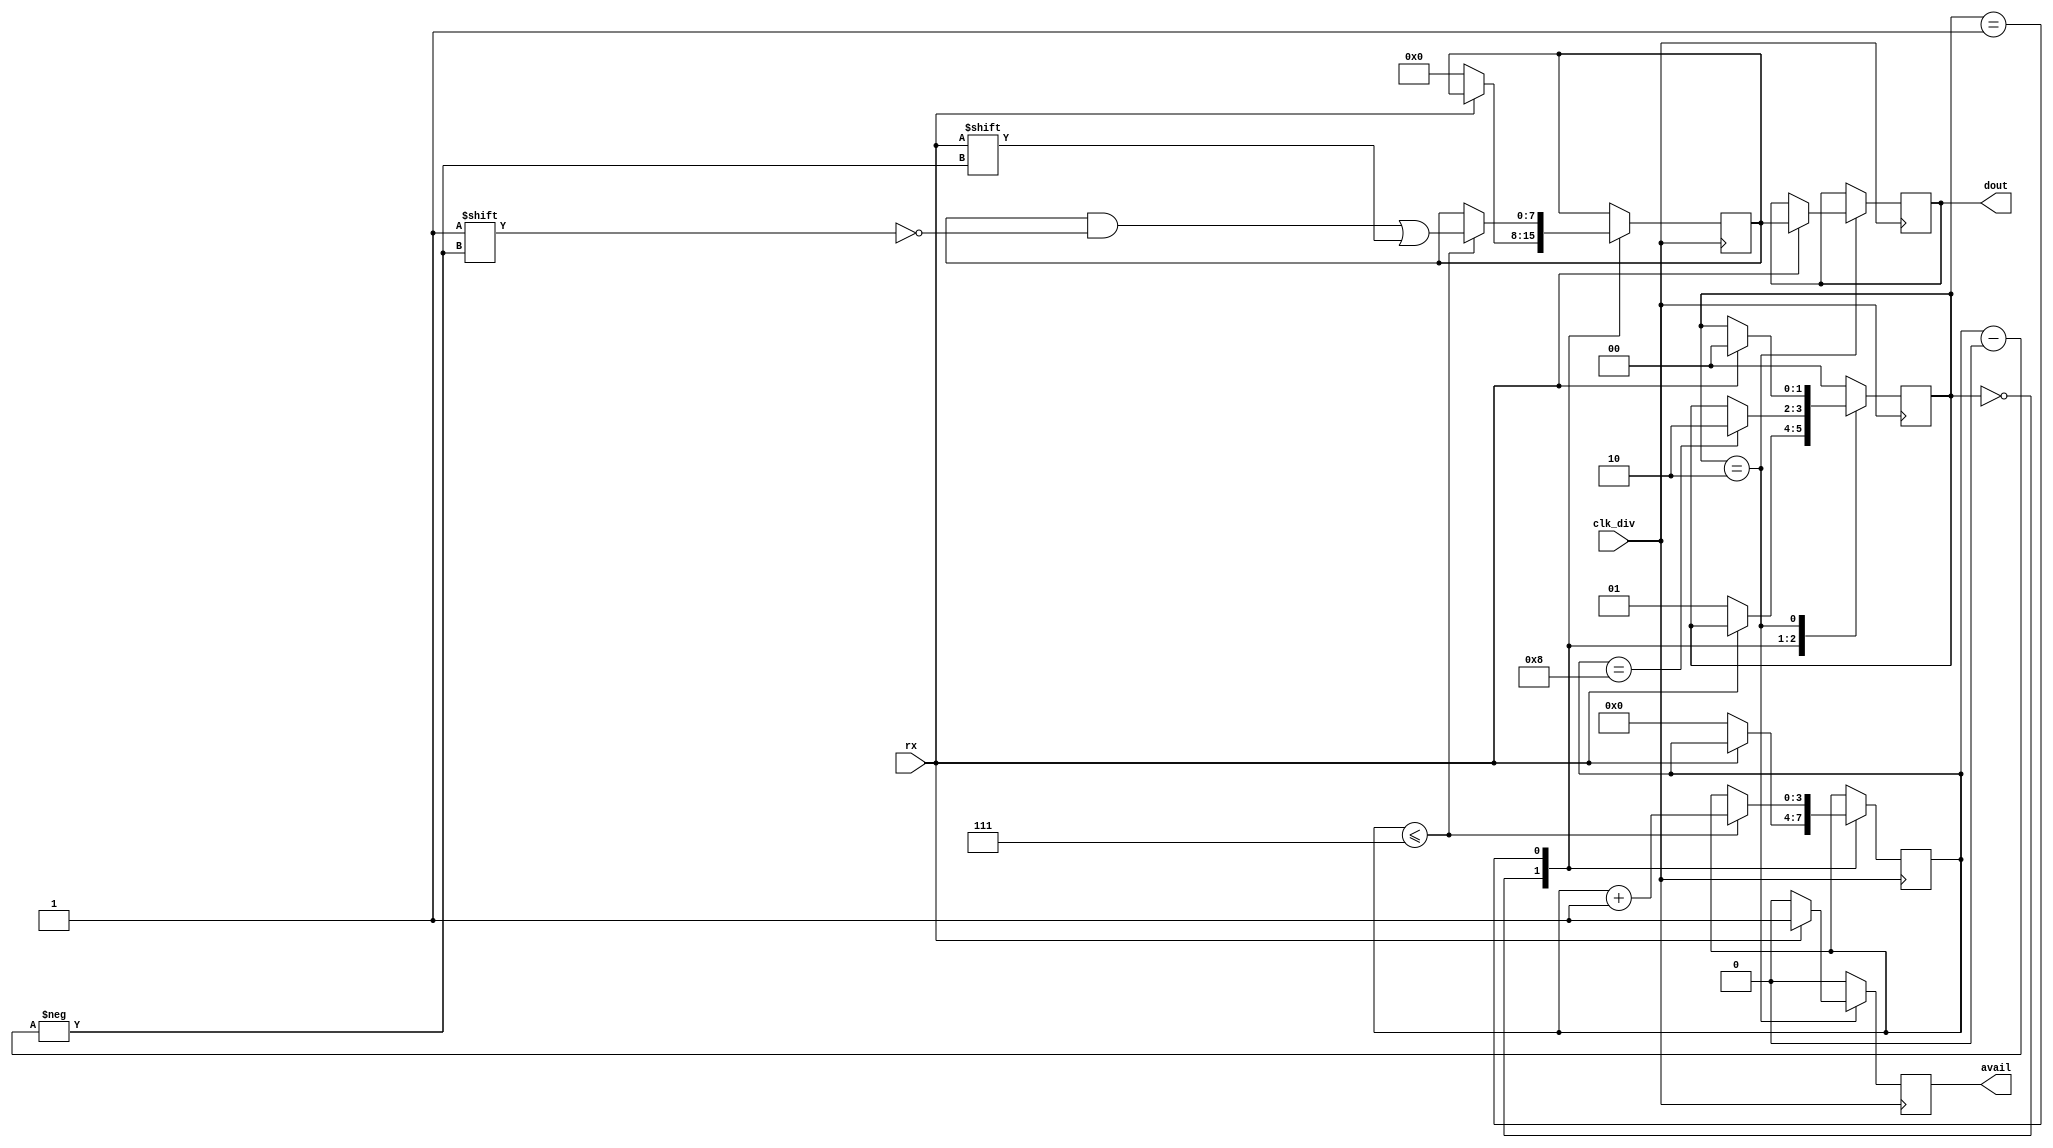
module recepcion(input rx,
                 output reg avail, 
                 output reg [7:0] dout,
                 input wire clk_div);

initial begin
    avail=0;
	dout = 8'b00000000; 
end

parameter RX_STATE_START	= 2'b00;
parameter RX_STATE_DATA		= 2'b01;
parameter RX_STATE_STOP		= 2'b10;

reg [1:0] state = RX_STATE_START;
reg [3:0] bitpos = 0;
reg [7:0] scratch = 8'b00000000;

always @(posedge clk_div) begin 
        avail<=0;
		case (state)
		RX_STATE_START: begin
			if (rx==0) begin
                avail<=0;
                bitpos <= 0;
				scratch <= 0;				
                state <= RX_STATE_DATA;
			end
		end
        RX_STATE_DATA: begin 			
                if(bitpos<=7) begin
    				scratch[bitpos] <= rx;
    				bitpos<=bitpos+1;
    			end
    			if (bitpos == 8)begin
    				state <= RX_STATE_STOP;
                end
        end
		RX_STATE_STOP: begin
			if (rx==1) begin
				state <= RX_STATE_START;
				dout <= scratch;
				avail <= 1;
			end
		end
		default: begin
			state <= RX_STATE_START;
		end
		endcase
	end

endmodule